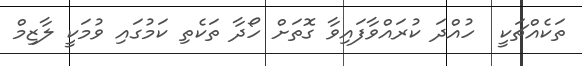
ތަކެއްޗަކީ  ހުއްދަ ކުރައްވާފައިވާ ގޮތަށް ހޯދާ ތަކެތި ކަމުގައި ވުމަކީ ލާޒިމް